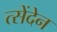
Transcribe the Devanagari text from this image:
त्सेंदेन